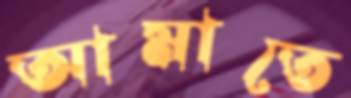
আমাতে